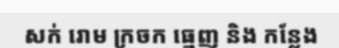
សក់ រោម ក្រចក ធ្មេញ និង កន្លែង